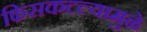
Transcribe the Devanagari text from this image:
फिसकटल्यामुळे